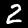
Label: 2